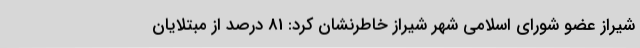
شیراز عضو شورای اسلامی شهر شیراز خاطرنشان کرد: 81 درصد از مبتلایان